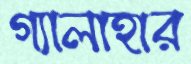
গ্যালাহার